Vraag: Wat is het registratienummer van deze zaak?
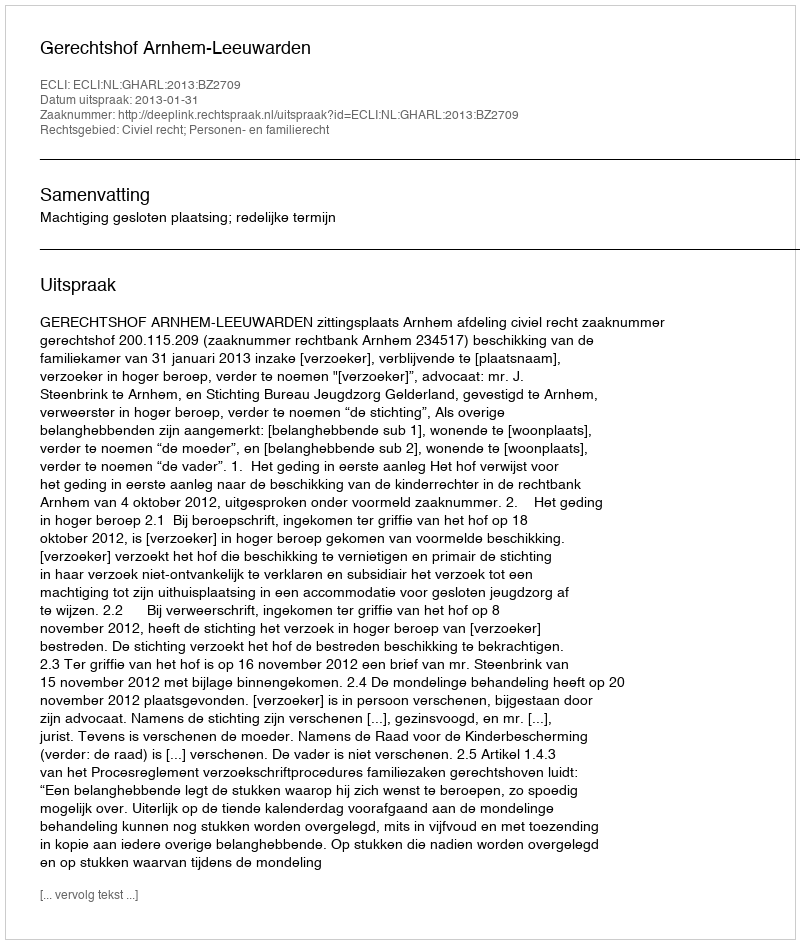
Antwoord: http://deeplink.rechtspraak.nl/uitspraak?id=ECLI:NL:GHARL:2013:BZ2709